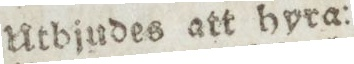
Utbjudes att hyra: